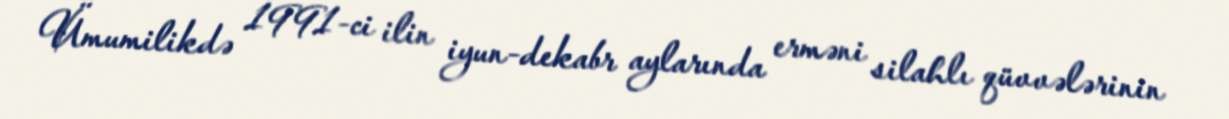
Ümumilikdə 1991-ci ilin iyun-dekabr aylarında erməni silahlı qüvvələrinin